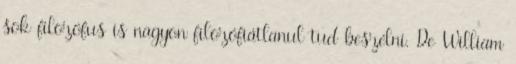
sok filozófus is nagyon filozófiátlanul tud beszélni. De William